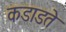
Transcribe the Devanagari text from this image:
कडाडते